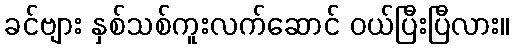
ခင်ဗျား နှစ်သစ်ကူးလက်ဆောင် ဝယ်ပြီးပြီလား။